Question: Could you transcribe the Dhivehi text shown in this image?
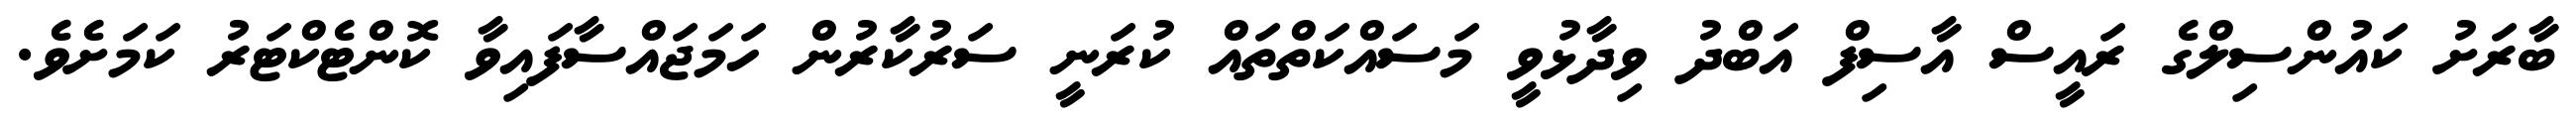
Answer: ބާރަށު ކައުންސިލްގެ ރައީސް އާސިފް އަބްދު ވިދާޅުވީ މަސައްކަތްތައް ކުރަނީ ސަރުކާރުން ހަމަޖައްސާފައިވާ ކޮންޓެކްޓަރު ކަމަށެވެ.